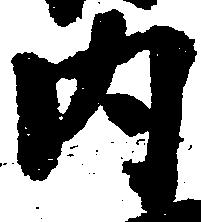
内